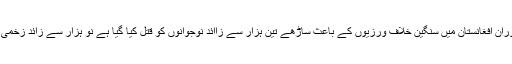
اقوام متحدہ نے اپنے اجلاس میں اس بات کو اجاگر کیا کہ 4برس کے دوران افغانستان میں سنگین خلاف ورزیوں کے باعث ساڑھے تین ہزار سے زاائد نوجوانوں کو قتل کیا گیا ہے نو ہزار سے زائد زخمی ہوئے سیکورٹی کی بگڑتی صورتحال کے تحت لاتعداد ریپ ہوئے ہیں۔